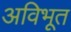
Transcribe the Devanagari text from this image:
अविभूत